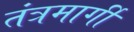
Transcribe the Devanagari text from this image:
तंत्रमार्गी